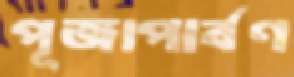
পূজাপার্বণ